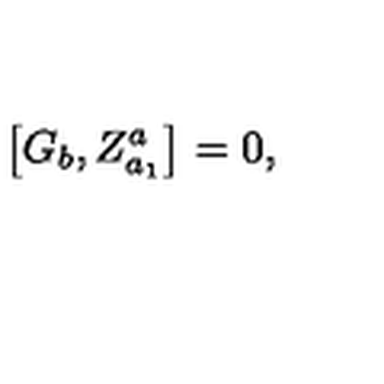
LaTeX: \left[ G _ { b } , Z _ { a _ { 1 } } ^ { a } \right] = 0 ,